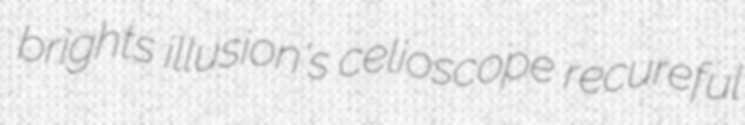
brights illusion's celioscope recureful